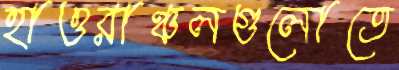
হাওরাঞ্চলগুলোতে